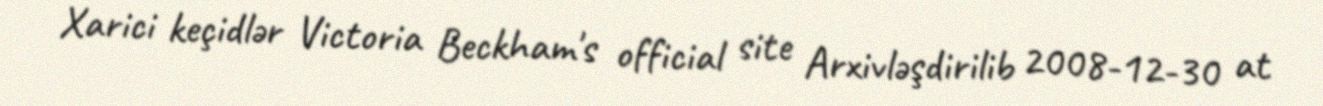
Xarici keçidlər Victoria Beckham's official site Arxivləşdirilib 2008-12-30 at